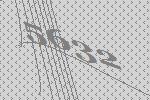
5632